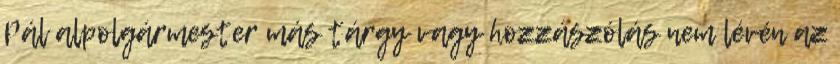
Pál alpolgármester más tárgy vagy hozzászólás nem lévén az